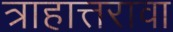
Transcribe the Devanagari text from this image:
त्राहात्तरावा